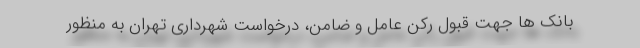
بانک ها جهت قبول رکن عامل و ضامن، درخواست شهرداری تهران به منظور